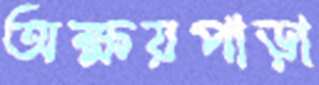
অক্ষয়পাড়া